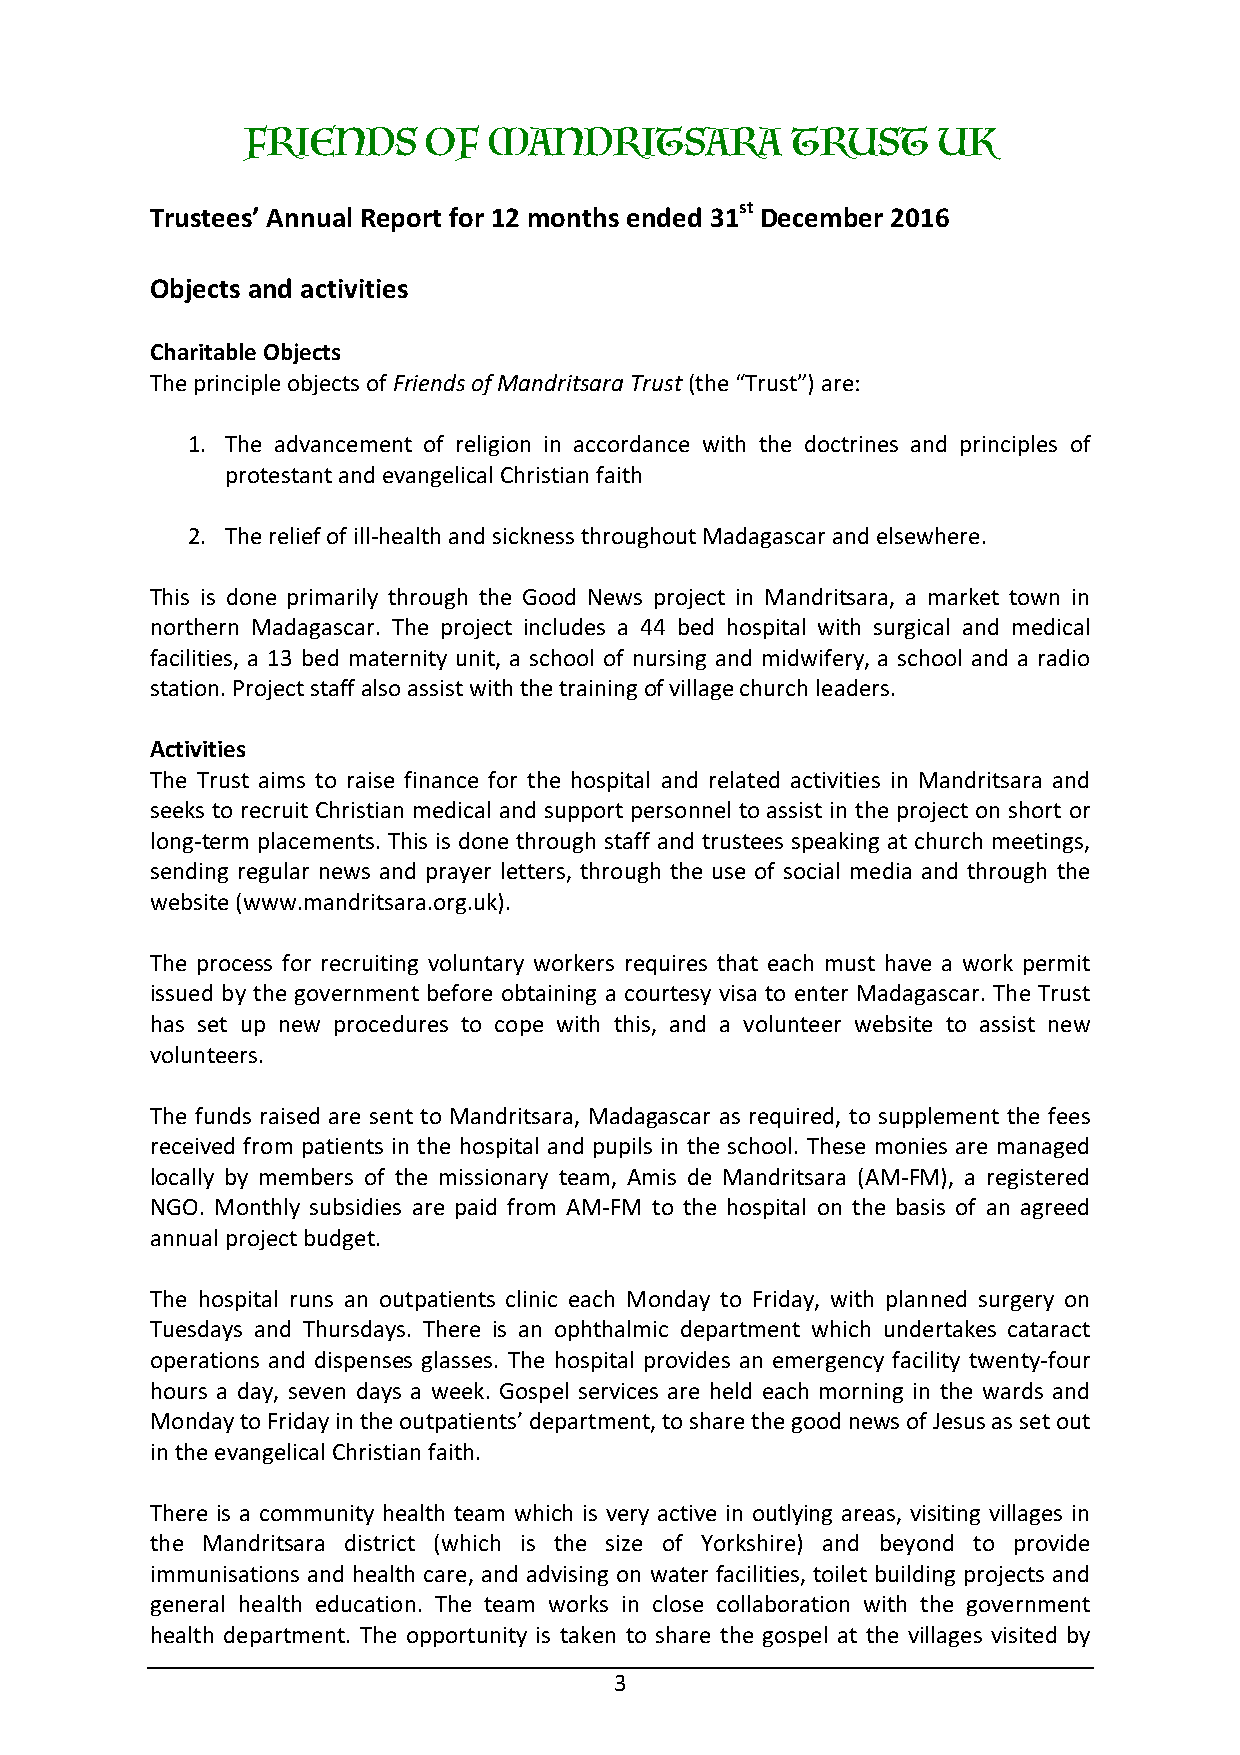
FRIENDS     OF  MANDRITSARA         TRUST     UK
 Trustees’ Annual Report for 12 months ended 31st December 2016
 Objects and activities
 Charitable Objects
 The principle objects of Friends of Mandritsara Trust (the “Trust”) are:
 1. The advancement of religion in accordance with the doctrines and principles of
 protestant and evangelical Christian faith
 2. The relief of ill-health and sickness throughout Madagascar and elsewhere.
 This is done primarily through the Good News project in Mandritsara, a market town in
 northern Madagascar. The project includes a 44 bed hospital with surgical and medical
 facilities, a 13 bed maternity unit, a school of nursing and midwifery, a school and a radio
 station. Project staff also assist with the training of village church leaders.
 Activities
 The Trust aims to raise finance for the hospital and related activities in Mandritsara and
 seeks to recruit Christian medical and support personnel to assist in the project on short or
 long-term placements. This is done through staff and trustees speaking at church meetings,
 sending regular news and prayer letters, through the use of social media and through the
 website (www.mandritsara.org.uk).
 The process for recruiting voluntary workers requires that each must have a work permit
 issued by the government before obtaining a courtesy visa to enter Madagascar. The Trust
 has set up new procedures to cope with this, and a volunteer website to assist new
 volunteers.
 The funds raised are sent to Mandritsara, Madagascar as required, to supplement the fees
 received from patients in the hospital and pupils in the school. These monies are managed
 locally by members of the missionary team, Amis de Mandritsara (AM-FM), a registered
 NGO. Monthly subsidies are paid from AM-FM to the hospital on the basis of an agreed
 annual project budget.
 The hospital runs an outpatients clinic each Monday to Friday, with planned surgery on
 Tuesdays and Thursdays. There is an ophthalmic department which undertakes cataract
 operations and dispenses glasses. The hospital provides an emergency facility twenty-four
 hours a day, seven days a week. Gospel services are held each morning in the wards and
 Monday to Friday in the outpatients’ department, to share the good news of Jesus as set out
 in the evangelical Christian faith.
 There is a community health team which is very active in outlying areas, visiting villages in
 the Mandritsara district (which is the size of Yorkshire) and beyond to provide
 immunisations and health care, and advising on water facilities, toilet building projects and
 general health education. The team works in close collaboration with the government
 health department. The opportunity is taken to share the gospel at the villages visited by
 3